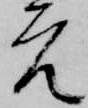
元